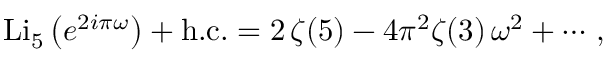
\mathrm { L i } _ { 5 } \left( e ^ { 2 i \pi \omega } \right) + \mathrm { h . c . } = 2 \, \zeta ( 5 ) - 4 \pi ^ { 2 } \zeta ( 3 ) \, \omega ^ { 2 } + \cdots \, ,